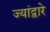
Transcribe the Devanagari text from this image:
ज्यांद्वारे